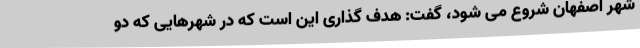
شهر اصفهان شروع می شود، گفت: هدف گذاری این است که در شهرهایی که دو